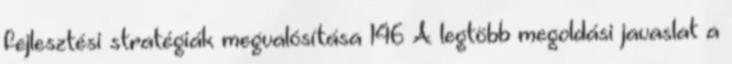
fejlesztési stratégiák megvalósítása 146 A legtöbb megoldási javaslat a